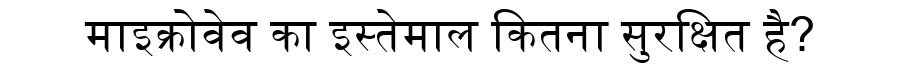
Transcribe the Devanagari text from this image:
माइक्रोवेव का इस्तेमाल कितना सुरक्षित है?